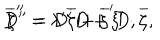
D ^ { \prime \prime } = D ^ { \prime } D + \xi ^ { \prime } \cdot \overline { { { \zeta } } } , \hspace { 0 . 3 i n } \overline { { { \zeta } } } ^ { \prime \prime } = \lambda ^ { \prime } \overline { { { \zeta } } } + \overline { { { \zeta } } } ^ { \prime } D ,